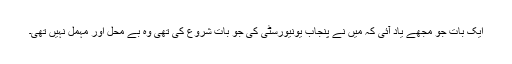
ایک بات جو مجھے یاد آئی کہ میں نے پنجاب یونیورسٹی کی جو بات شروع کی تھی وہ بے محل اور مہمل نہیں تھی۔